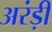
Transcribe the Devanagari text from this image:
अरंड़ी